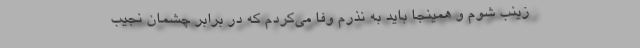
زینب شوم و همینجا باید به نذرم وفا می‌کردم که در برابر چشمان نجیب